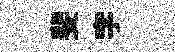
斐字